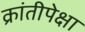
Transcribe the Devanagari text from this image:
क्रांतीपेक्षा